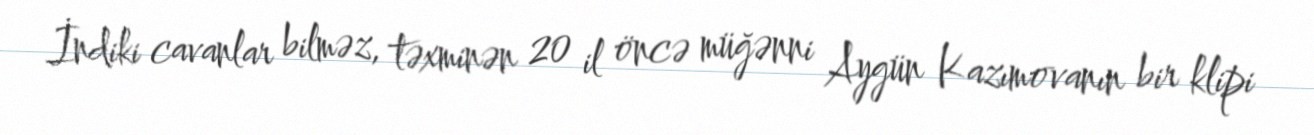
İndiki cavanlar bilməz, təxminən 20 il öncə müğənni Aygün Kazımovanın bir klipi